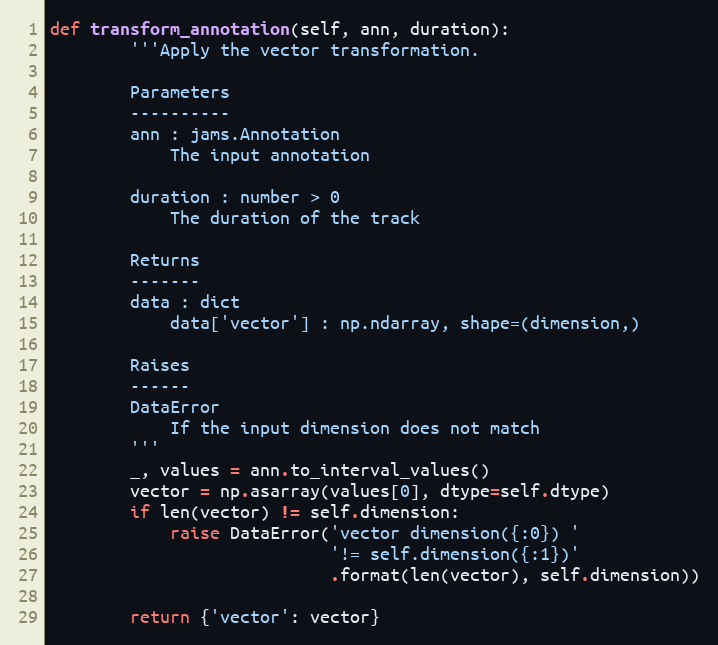
Language: Python
def transform_annotation(self, ann, duration):
        '''Apply the vector transformation.

        Parameters
        ----------
        ann : jams.Annotation
            The input annotation

        duration : number > 0
            The duration of the track

        Returns
        -------
        data : dict
            data['vector'] : np.ndarray, shape=(dimension,)

        Raises
        ------
        DataError
            If the input dimension does not match
        '''
        _, values = ann.to_interval_values()
        vector = np.asarray(values[0], dtype=self.dtype)
        if len(vector) != self.dimension:
            raise DataError('vector dimension({:0}) '
                            '!= self.dimension({:1})'
                            .format(len(vector), self.dimension))

        return {'vector': vector}